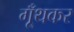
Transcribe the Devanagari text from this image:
गूँथकर